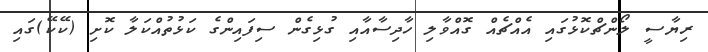
ރިޔާސީ ލޯންޗްކޮޅުގައި އެއްޗެއް ގޮއްވާލި ހާދިސާއާއި ގުޅިގެން ސިފައިންގެ ކަޅުތުއްކަލާ ކޮށި (ކޭކޭ)ގައި